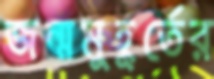
জন্মমুহূর্তের